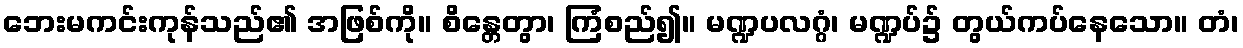
ဘေးမကင်းကုန်သည်၏ အဖြစ်ကို။ စိန္တေတွာ၊ ကြံစည်၍။ မဏ္ဍပလဂ္ဂံ၊ မဏ္ဍပ်၌ တွယ်ကပ်နေသော။ တံ၊